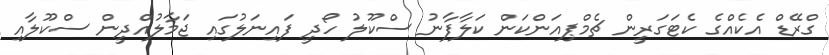
ގްރޭޑް އެކެއްގެ ކެޓަގަރީން ޗެމްޕިއަންކަން ކަލާފާނު ސްކޫލު ހޯދީ ފައިނަލުގައި ޖަމާލުއްދީން ސްކޫލާއި